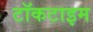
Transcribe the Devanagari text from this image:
टॉकटाइम